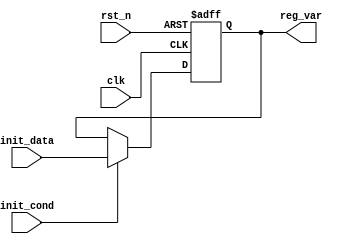
module ConditionalInitialization (
    input wire clk,                // Clock signal
    input wire rst_n,              // Active-low reset signal
    input wire init_cond,          // Condition for initialization
    input wire [7:0] init_data,    // Data input for initialization
    output reg [7:0] reg_var       // Initialized register
);

// Initial state of the register
initial begin
    reg_var = 8'b0; // Default initialization
end

// Synchronous process for initialization
always @(posedge clk or negedge rst_n) begin
    if (!rst_n) begin
        // Reset condition: clear the register
        reg_var <= 8'b0; // Reset to default value
    end else if (init_cond) begin
        // Conditional initialization
        reg_var <= init_data; // Assign new value based on input data
    end
    // If init_cond is not met, reg_var retains its current value
end

endmodule